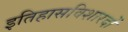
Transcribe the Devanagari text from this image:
इतिहासविशारदों